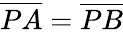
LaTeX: {\overline{{PA}}}={\overline{{PB}}}